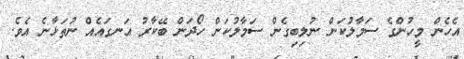
އެހެން މީހުންގެ ސަމާލުކަން ނުލިބިގެން ސަމާލުކަން ހޯދަން ބޭކާރު އަނގައެއް ނުތަޅާނެ އެވެ.